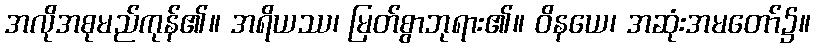
အလိုအစုမည်ကုန်၏။ အရိယဿ၊ မြတ်စွာဘုရား၏။ ဝိနယေ၊ အဆုံးအမတော်၌။